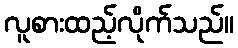
လူစားထည့်လိုက်သည်။